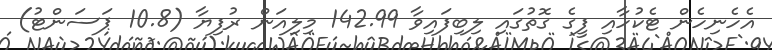
އެހެނިހެން ޓެކުހާއި ފީގެ ގޮތުގައި ލިބިފައިވާ 142.99 މިލިއަން ރުފިޔާ (10.8 ޕަސަންޓު)